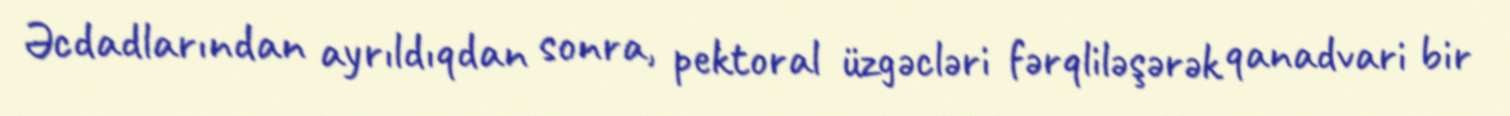
Əcdadlarından ayrıldıqdan sonra, pektoral üzgəcləri fərqliləşərək qanadvari bir